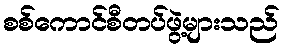
စစ်ကောင်စီတပ်ဖွဲ့များသည်